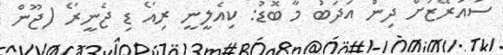
ސުއަރޭޒަށް ދިން އަދަބު މާ ބޮޑު: ކިއެލީނީ ރިއޯ ޑި ޖެނީރޯ (ޖޫން